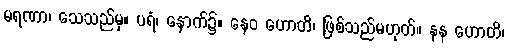
မရဏာ၊ သေသည်မှ။ ပရံ၊ နောက်၌။ နေဝ ဟောတိ၊ ဖြစ်သည်မဟုတ်။ နန ဟောတိ၊